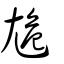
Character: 尯